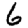
Digit: 6